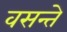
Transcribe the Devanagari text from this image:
वसन्ते